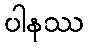
ပါနဿ